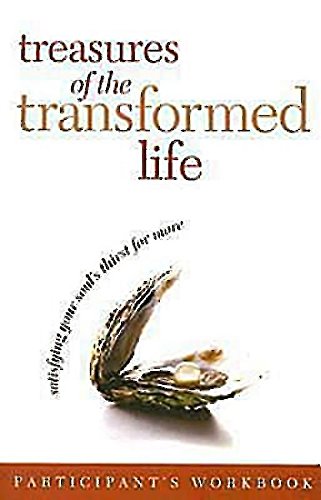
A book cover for Treasures of the Transformed Life Participant's Workbook: Satisfying Your Soul's Thirst for More; John Ed Mathison; Christian Books & Bibles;